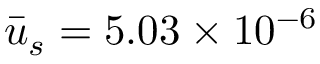
\bar { u } _ { s } = 5 . 0 3 \times { 1 0 ^ { - 6 } }